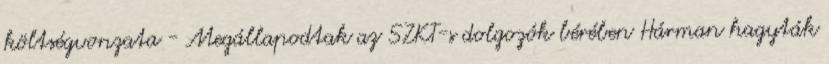
költségvonzata - Megállapodtak az SZKT-s dolgozók bérében Hárman hagyták